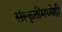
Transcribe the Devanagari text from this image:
संस्कृतींमध्येही